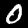
Digit: 0